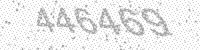
Solution: 446469